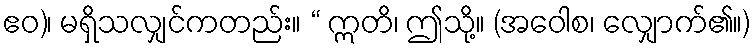
ဧဝ)၊ မရှိသလျှင်ကတည်း။ “ ဣတိ၊ ဤသို့။ (အဝေါစ၊ လျှောက်၏။)